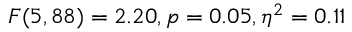
F ( 5 , 8 8 ) = 2 . 2 0 , p = 0 . 0 5 , \eta ^ { 2 } = 0 . 1 1